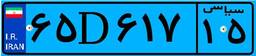
۲۹D۰۷۰۸۰